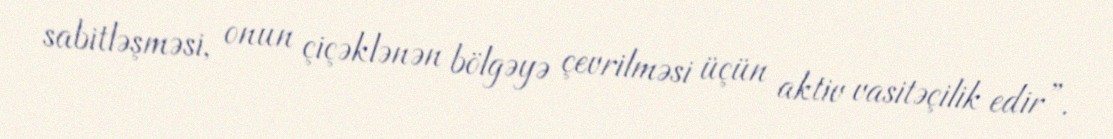
sabitləşməsi, onun çiçəklənən bölgəyə çevrilməsi üçün aktiv vasitəçilik edir”.